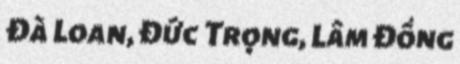
Đà Loan, Đức Trọng, Lâm Đồng